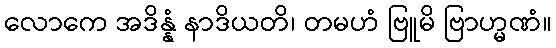
လောကေ အဒိန္နံ နာဒိယတိ၊ တမဟံ ဗြူမိ ဗြာဟ္မဏံ။